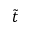
\tilde { t }